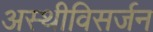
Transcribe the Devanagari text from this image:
अस्थीविसर्जन